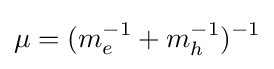
\mu =(m_{e}^{-1}+m_{h}^{-1})^{-1}